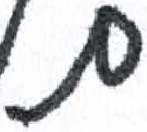
אות: ם